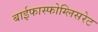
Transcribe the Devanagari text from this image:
बाईफास्फोग्लिसरेट